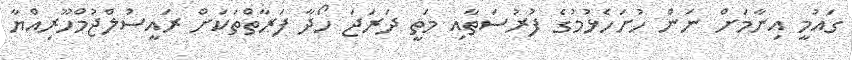
ގައުމީ އިނާމަށް ނަން ހުށަހެޅުމުގެ ފުރުސަތާއި މަތީ ދަރަޖަ ހޯދާ ފަރާތްތަކަށް ރައީސުލްޖުމްހޫރިއްޔާ